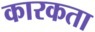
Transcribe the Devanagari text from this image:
कारकता